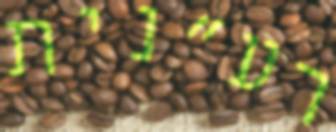
רע"נית